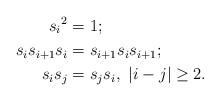
LaTeX: \begin{align*} {s_i}^2 &=1; \\ s_i s_{i+1}s_i &=s_{i+1}s_is_{i+1};\\ s_is_j &=s_js_i, \ |i-j|\ge 2.\end{align*}